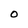
Character: O